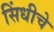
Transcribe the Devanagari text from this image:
सिंधीचे